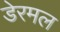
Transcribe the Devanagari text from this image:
डेरमल